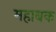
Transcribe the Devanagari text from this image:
महाबक